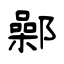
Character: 鄵